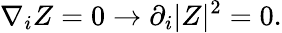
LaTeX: \nabla_{i}Z=0\rightarrow\partial_{i}\vert Z\vert^{2}=0.